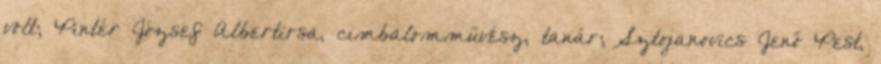
volt; Pintér József Albertirsa, cimbalomművész, tanár; Sztojanovics Jenő Pest,